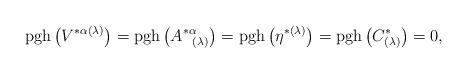
LaTeX: \begin{align*}\mathrm{pgh}\left( V^{*\alpha (\lambda )}\right) =\mathrm{pgh}\left(A_{\;\;\;(\lambda )}^{*\alpha }\right) =\mathrm{pgh}\left( \eta ^{*(\lambda)}\right) =\mathrm{pgh}\left( C_{(\lambda )}^{*}\right) =0, \end{align*}